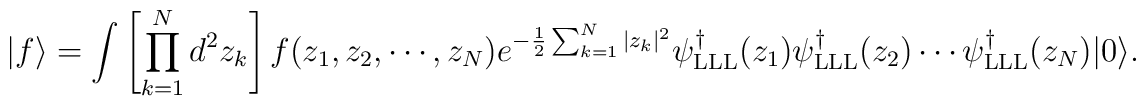
| f \rangle = \int \left [ \prod_{k=1}^N d^2 z_k \right ]     f(z_1, z_2, \cdots, z_N )  e^{-{1 \over 2} \sum_{k=1}^N | z_k |^2 }  \psi^\dag_{\rm LLL}(z_1) \psi^\dag_{\rm LLL} (z_2) \cdots \psi^\dag_{\rm LLL}(z_N) | 0 \rangle.